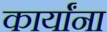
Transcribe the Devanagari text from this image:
कार्यांना